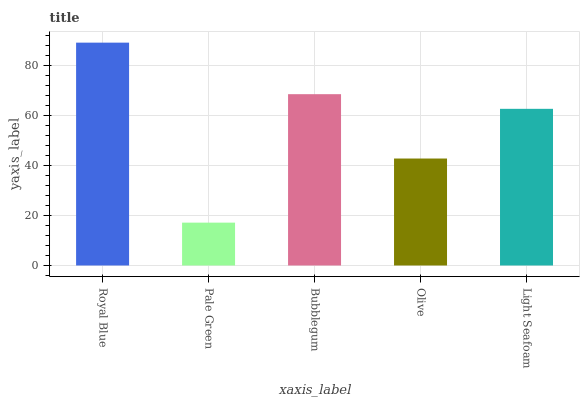
| xaxis_label | bars |
 | --- | --- |
 | Royal Blue | 89 |
 | Pale Green | 17.1 |
 | Bubblegum | 68.4 |
 | Olive | 42.7 |
 | Light Seafoam | 62.6 |